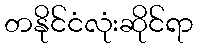
တနိုင်ငံလုံးဆိုင်ရာ